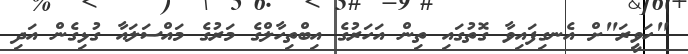
"ހަވީރަ"ށް އެނގިފައިވާ ގޮތުގައި ތިން އަހަރުގެ އިބްތިހާލްގެ މަރުގެ މައްސަލައާ ގުޅިގެން އަދި